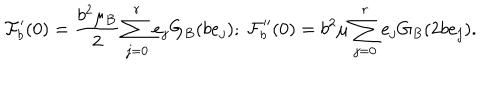
LaTeX: \mathcal { F } _ { b } ^ { \prime } ( 0 ) = \frac { b ^ { 2 } \mu _ { B } } { 2 } \sum _ { j = 0 } ^ { r } e _ { j } G _ { B } ( b e _ { j } ) ; \ \mathcal { F } _ { b } ^ { \prime \prime } ( 0 ) = b ^ { 2 } \mu \sum _ { j = 0 } ^ { r } e _ { j } G _ { B } ( 2 b e _ { j } ) .